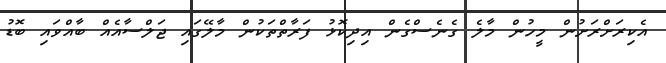
އެކިރަށްރަށުން މީހުން މާލެ ގެނެސްގެން އިދިކޮޅު ފަރާތްތަކުން މާލޭގައި ޖަލްސާއެއް ބާއްވައި ބޮޑު